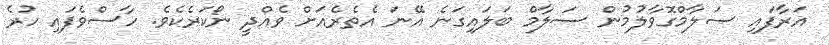
އަރާފައި ސަލާމްގޮވާލުމުން ސަލާމް ބަލައިގަނެ އޭނަ އެތެރެއަށް ވެއްދީ ނޯކަރެކެވެ. ހާސްވެފައި ހުރެ